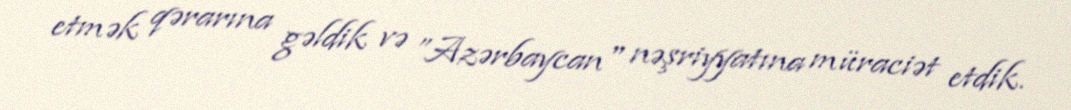
etmək qərarına gəldik və ”Azərbaycan" nəşriyyatına müraciət etdik.